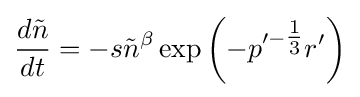
{\frac {d{\tilde {n}}}{dt}}=-s{\tilde {n}}^{\beta }\exp \left(-p'^{-{\tfrac {1}{3}}}r'\right)